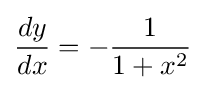
{\frac {dy}{dx}}=-{\frac {1}{1+x^{2}}}